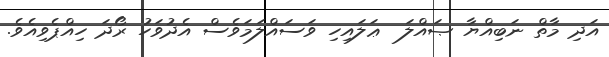
އަދި މާތް ނަބިއްޔާ ޞައްލަ  ޢަލައިހި ވަސައްލަމަވެސް އެދުވަހު ރޯދަ ހިއްޕެވިއެވެ.